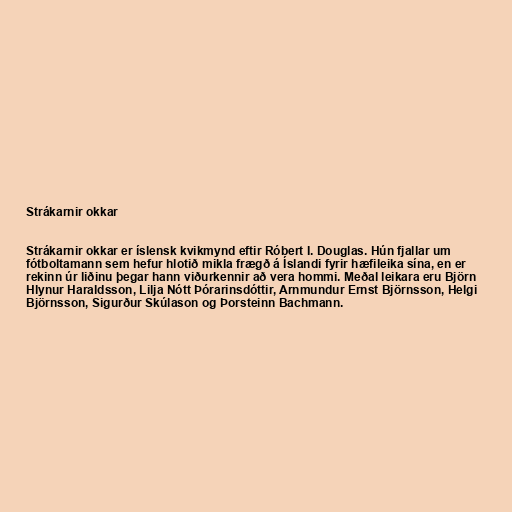
Strákarnir okkar

Strákarnir okkar er íslensk kvikmynd eftir Róbert I. Douglas. Hún fjallar um
fótboltamann sem hefur hlotið mikla frægð á Íslandi fyrir hæfileika sína, en er
rekinn úr liðinu þegar hann viðurkennir að vera hommi. Meðal leikara eru Björn
Hlynur Haraldsson, Lilja Nótt Þórarinsdóttir, Arnmundur Ernst Björnsson, Helgi
Björnsson, Sigurður Skúlason og Þorsteinn Bachmann.